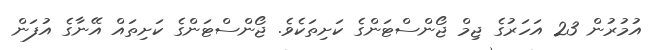
އުމުރުން 23 އަހަރުގެ ޖިމް ޖޯންސްޓަންގެ ކަށިތަކެވެ. ޖޯންސްޓަންގެ ކަށިތައް އޭނާގެ އުފަން